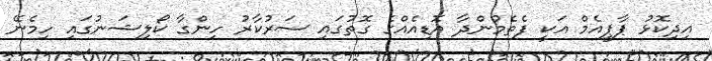
އިދިކޮޅު ޕާޕީއެމް އަކީ ފެތެމުންދާ އޮޑިއެއްގެ ގޮތުގައި ސަރުކާރު ހިންގާ ކޯލިޝަނުގައި ހިމެނޭ